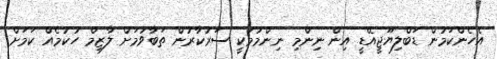
އެހެންކަމުން ޑަބްލިޔޫޖީއޭޑީ އިން ނިންމި ނިންމުމަކީ ސަރުކާރުން ތަބާވުމަށް ލާޒިމް ހުކުމެއް ކަމަށް